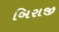
બિરાજી